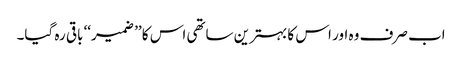
اب صرف وہ اور اس کا بہترین ساتھی اس کا ’’ ضمیر‘‘ باقی رہ گیا۔